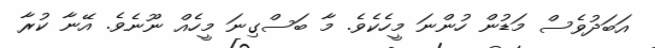
އަބަދުވެސް މަޑުން ހުންނަ މީހެކެވެ. މާ ބަސްގިނަ މީހެއް ނޫނެވެ. އޭނާ ކުރާ